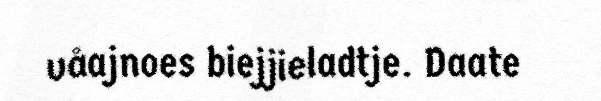
våajnoes biejjieladtje. Daate